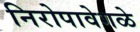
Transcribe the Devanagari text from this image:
निरोपावेगळे